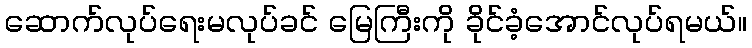
ဆောက်လုပ်ရေးမလုပ်ခင် မြေကြီးကို ခိုင်ခံ့အောင်လုပ်ရမယ်။